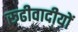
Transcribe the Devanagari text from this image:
रूढीवादीयों